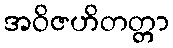
အဝိဇဟိတတ္တာ